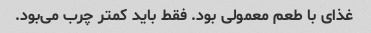
غذای با طعم معمولی بود. فقط باید کمتر چرب می‌بود.